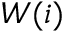
W ( i )